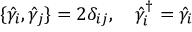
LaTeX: \{ \hat { \gamma } _ { i } , \hat { \gamma } _ { j } \} = 2 { \delta } _ { i j } , \ \ \ \hat { \gamma } _ { i } ^ { \dagger } = \hat { \gamma } _ { i }